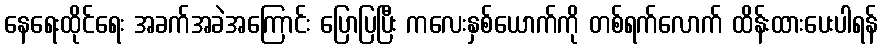
နေရေးထိုင်ရေး အခက်အခဲအကြောင်း ပြောပြပြီး ကလေးနှစ်ယောက်ကို တစ်ရက်လောက် ထိန်းထားပေးပါရန်